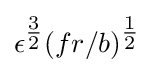
\epsilon ^{\tfrac {3}{2}}(fr/b)^{\tfrac {1}{2}}